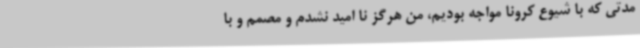
مدتی که با شیوع کرونا مواجه بودیم، من هرگز نا امید نشدم و مصمم و با